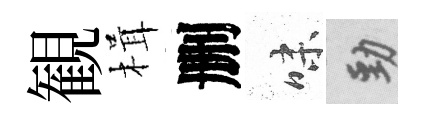
観楫删味勁